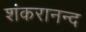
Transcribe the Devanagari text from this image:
शंकरानन्द